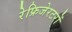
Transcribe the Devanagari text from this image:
रेफ्रिजेरटरों